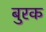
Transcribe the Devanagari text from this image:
बुरक